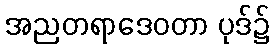
အညတရာဒေဝတာ ပုဒ်၌